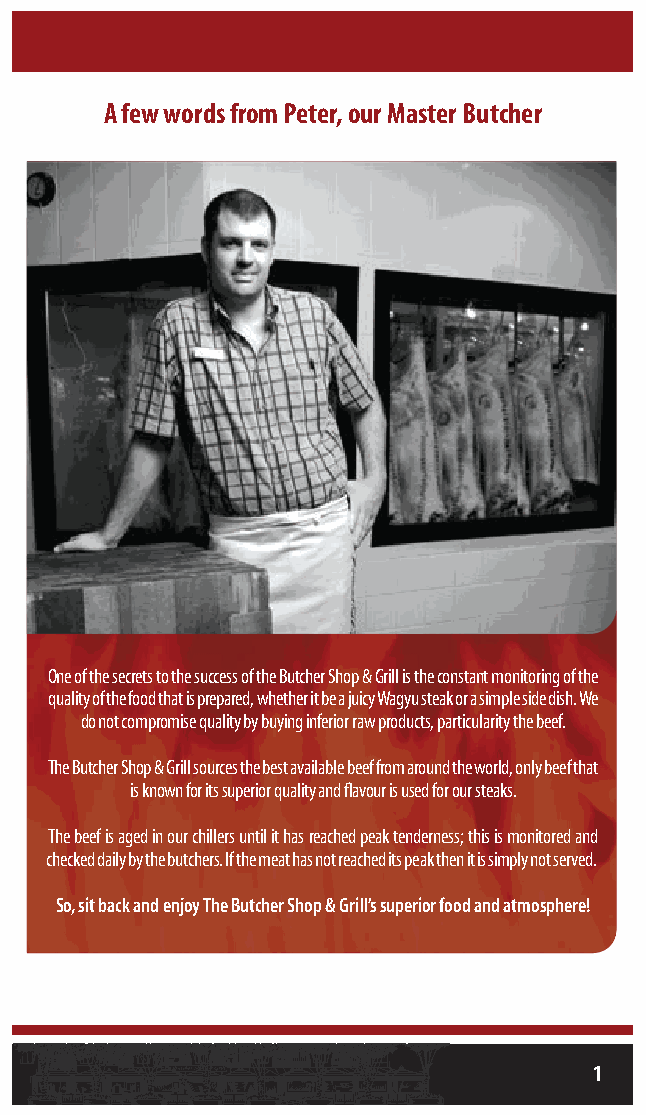
A few words from Peter, our Master Butcher
 One of the secrets to the success of the Butcher Shop & Grill is the constant monitoring of the
 quality of the food that is prepared, whether it be a juicy Wagyu steak or a simple side dish. We
 do not compromise quality by buying inferior raw products, particularity the beef.
 The Butcher Shop & Grill sources the best available beef from around the world, only beef that
 is known for its superior quality and flavour is used for our steaks.
 The beef is aged in our chillers until it has reached peak tenderness; this is monitored and
 checked daily by the butchers. If the meat has not reached its peak then it is simply not served.
 So, sit back and enjoy The Butcher Shop & Grill’s superior food and atmosphere!
 1